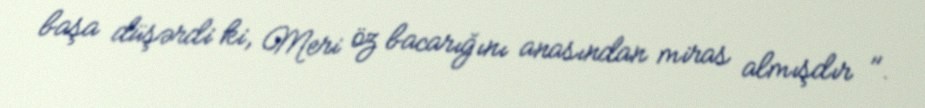
başa düşərdi ki, Meri öz bacarığını anasından miras almışdır ".